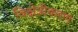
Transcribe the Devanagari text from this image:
विक्षेत्रीकरण